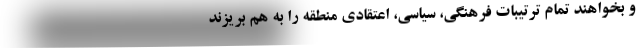
و بخواهند تمام ترتیبات فرهنگی، سیاسی، اعتقادی منطقه را به هم بریزند